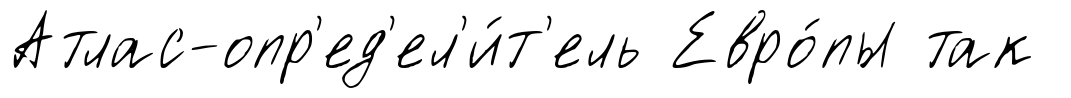
Атлас-опр'ед'ел'и́т'ель Евро́пы так